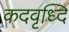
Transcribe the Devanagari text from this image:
कदवृध्दि